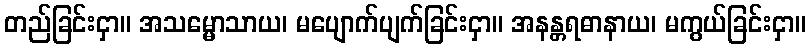
တည်ခြင်းငှာ။ အသမ္မောသာယ၊ မပျောက်ပျက်ခြင်းငှာ။ အနန္တရဓာနာယ၊ မကွယ်ခြင်းငှာ။